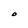
Character: O